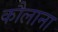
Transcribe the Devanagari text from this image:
कौलाना